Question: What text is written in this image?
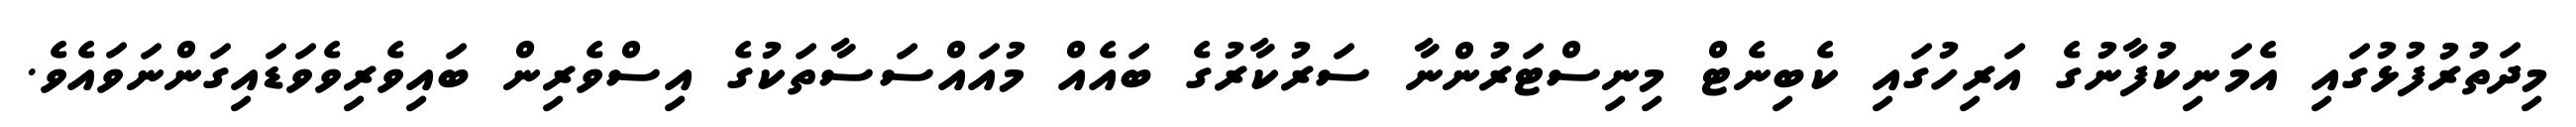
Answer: މިދަތުރުފުޅުގައި އެމަނިކުފާނުގެ އަރިހުގައި ކެބިނެޓް މިނިސްޓަރުންނާ ސަރުކާރުގެ ބައެއް މުއައްސަސާތަކުގެ އިސްވެރިން ބައިވެރިވެވަޑައިގަންނަވައެވެ.